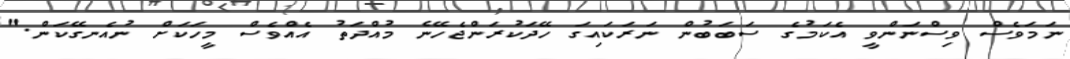
ނަމަވެސް ވިސްނަންވީ އެކަމުގެ ސަބަބުން ނަރަކައިގަ ހޭދަކުރަންޖެހޭނެ މުއްދަތު އެއްވެސް މީހަކަށް ނުއެނގޭކަން."